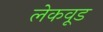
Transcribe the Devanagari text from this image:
लेकवूड